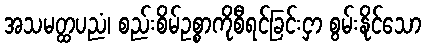
အသမတ္ထပညံ၊ စည်းစိမ်ဥစ္စာကိုစီရင်ခြင်းငှာ စွမ်းနိုင်သော